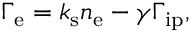
\Gamma _ { \mathrm { e } } = k _ { \mathrm { s } } n _ { \mathrm { e } } - \gamma \Gamma _ { \mathrm { i p } } ,